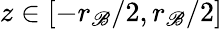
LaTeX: z\in[-r_{\mathscr{B}}/2,r_{\mathscr{B}}/2]